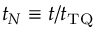
t _ { N } \equiv t / t _ { \mathrm { T Q } }